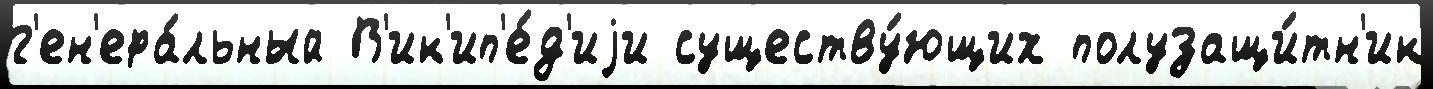
г'ен'ера́льный В'ик'ип'е́д'иjи существу́ющих полузащи́тн'ик